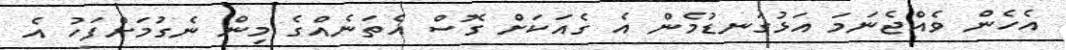
އެހެން ވެއްޖެނަމަ އަޅުގަނޑުމެން އެ ގެއަކަށް ގޮސް އެތަނެއްގެ މިން ނެގުމަށްފަހު އެ